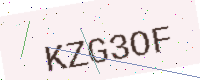
Text: KZG3OF